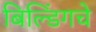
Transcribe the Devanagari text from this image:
बिल्डिंगचे